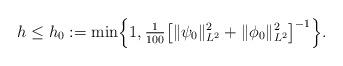
LaTeX: \begin{align*}h\leq h_0 :=\min\Bigl\{1,\tfrac1{100}\bigl[\|\psi_0\|_{L^2}^2 + \|\phi_0\|_{L^2}^2 \bigr]^{-1}\Bigr\}.\end{align*}